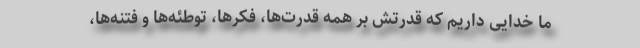
ما خدایی داریم که قدرتش بر همه قدرت‌ها، فکرها، توطئه‌ها و فتنه‌ها،